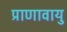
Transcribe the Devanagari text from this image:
प्राणावायु